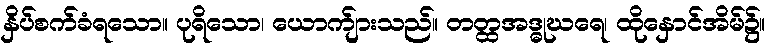
နှိပ်စက်ခံရသော။ ပုရိသော၊ ယောက်ျားသည်။ တတ္ထအဒ္ဓုဃရေ၊ ထိုနှောင်အိမ်၌။